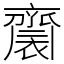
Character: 𪗋